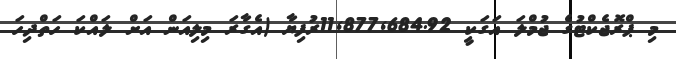
މި ޕްރޮޖެކްޓުގެ ޖުމްލަ އަގަކީ 11